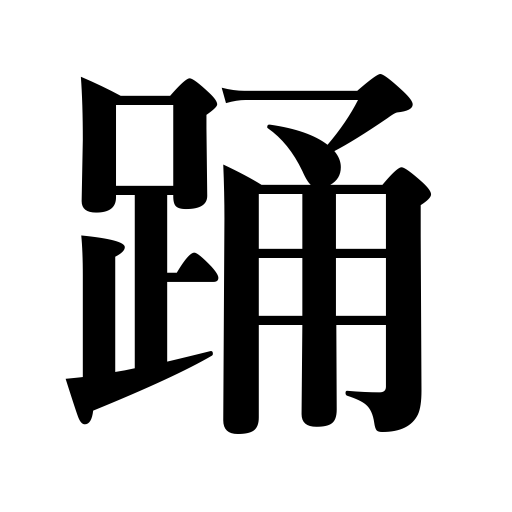
Meanings: dance,step,throb the heart,skip,double the interest on a debt,leap,dancing,act as a cat's-paw